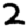
Digit: 2